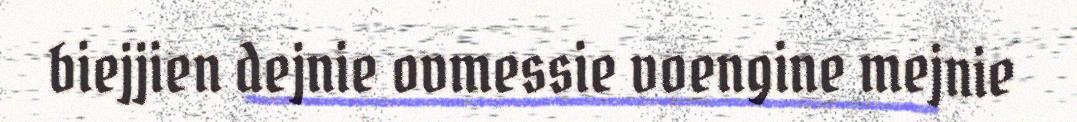
biejjien dejnie ovmessie voengine mejnie